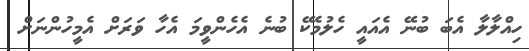
ހިއްލާލާ އެބަ ބުނޭ އެއައީ ހެލުމެކޭ ބުނެ އެހެންވީމަ އެހާ ވަރަށް އެމީހުންނަށް